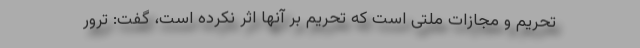
تحریم و مجازات ملتی است که تحریم بر آنها اثر نکرده است، گفت: ترور